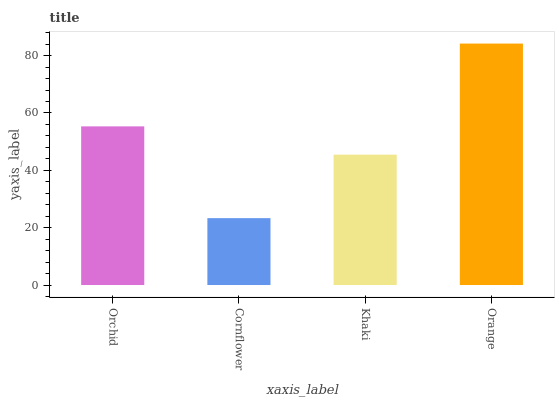
| xaxis_label | bars |
 | --- | --- |
 | Orchid | 55.3 |
 | Cornflower | 23.3 |
 | Khaki | 45.5 |
 | Orange | 84.2 |